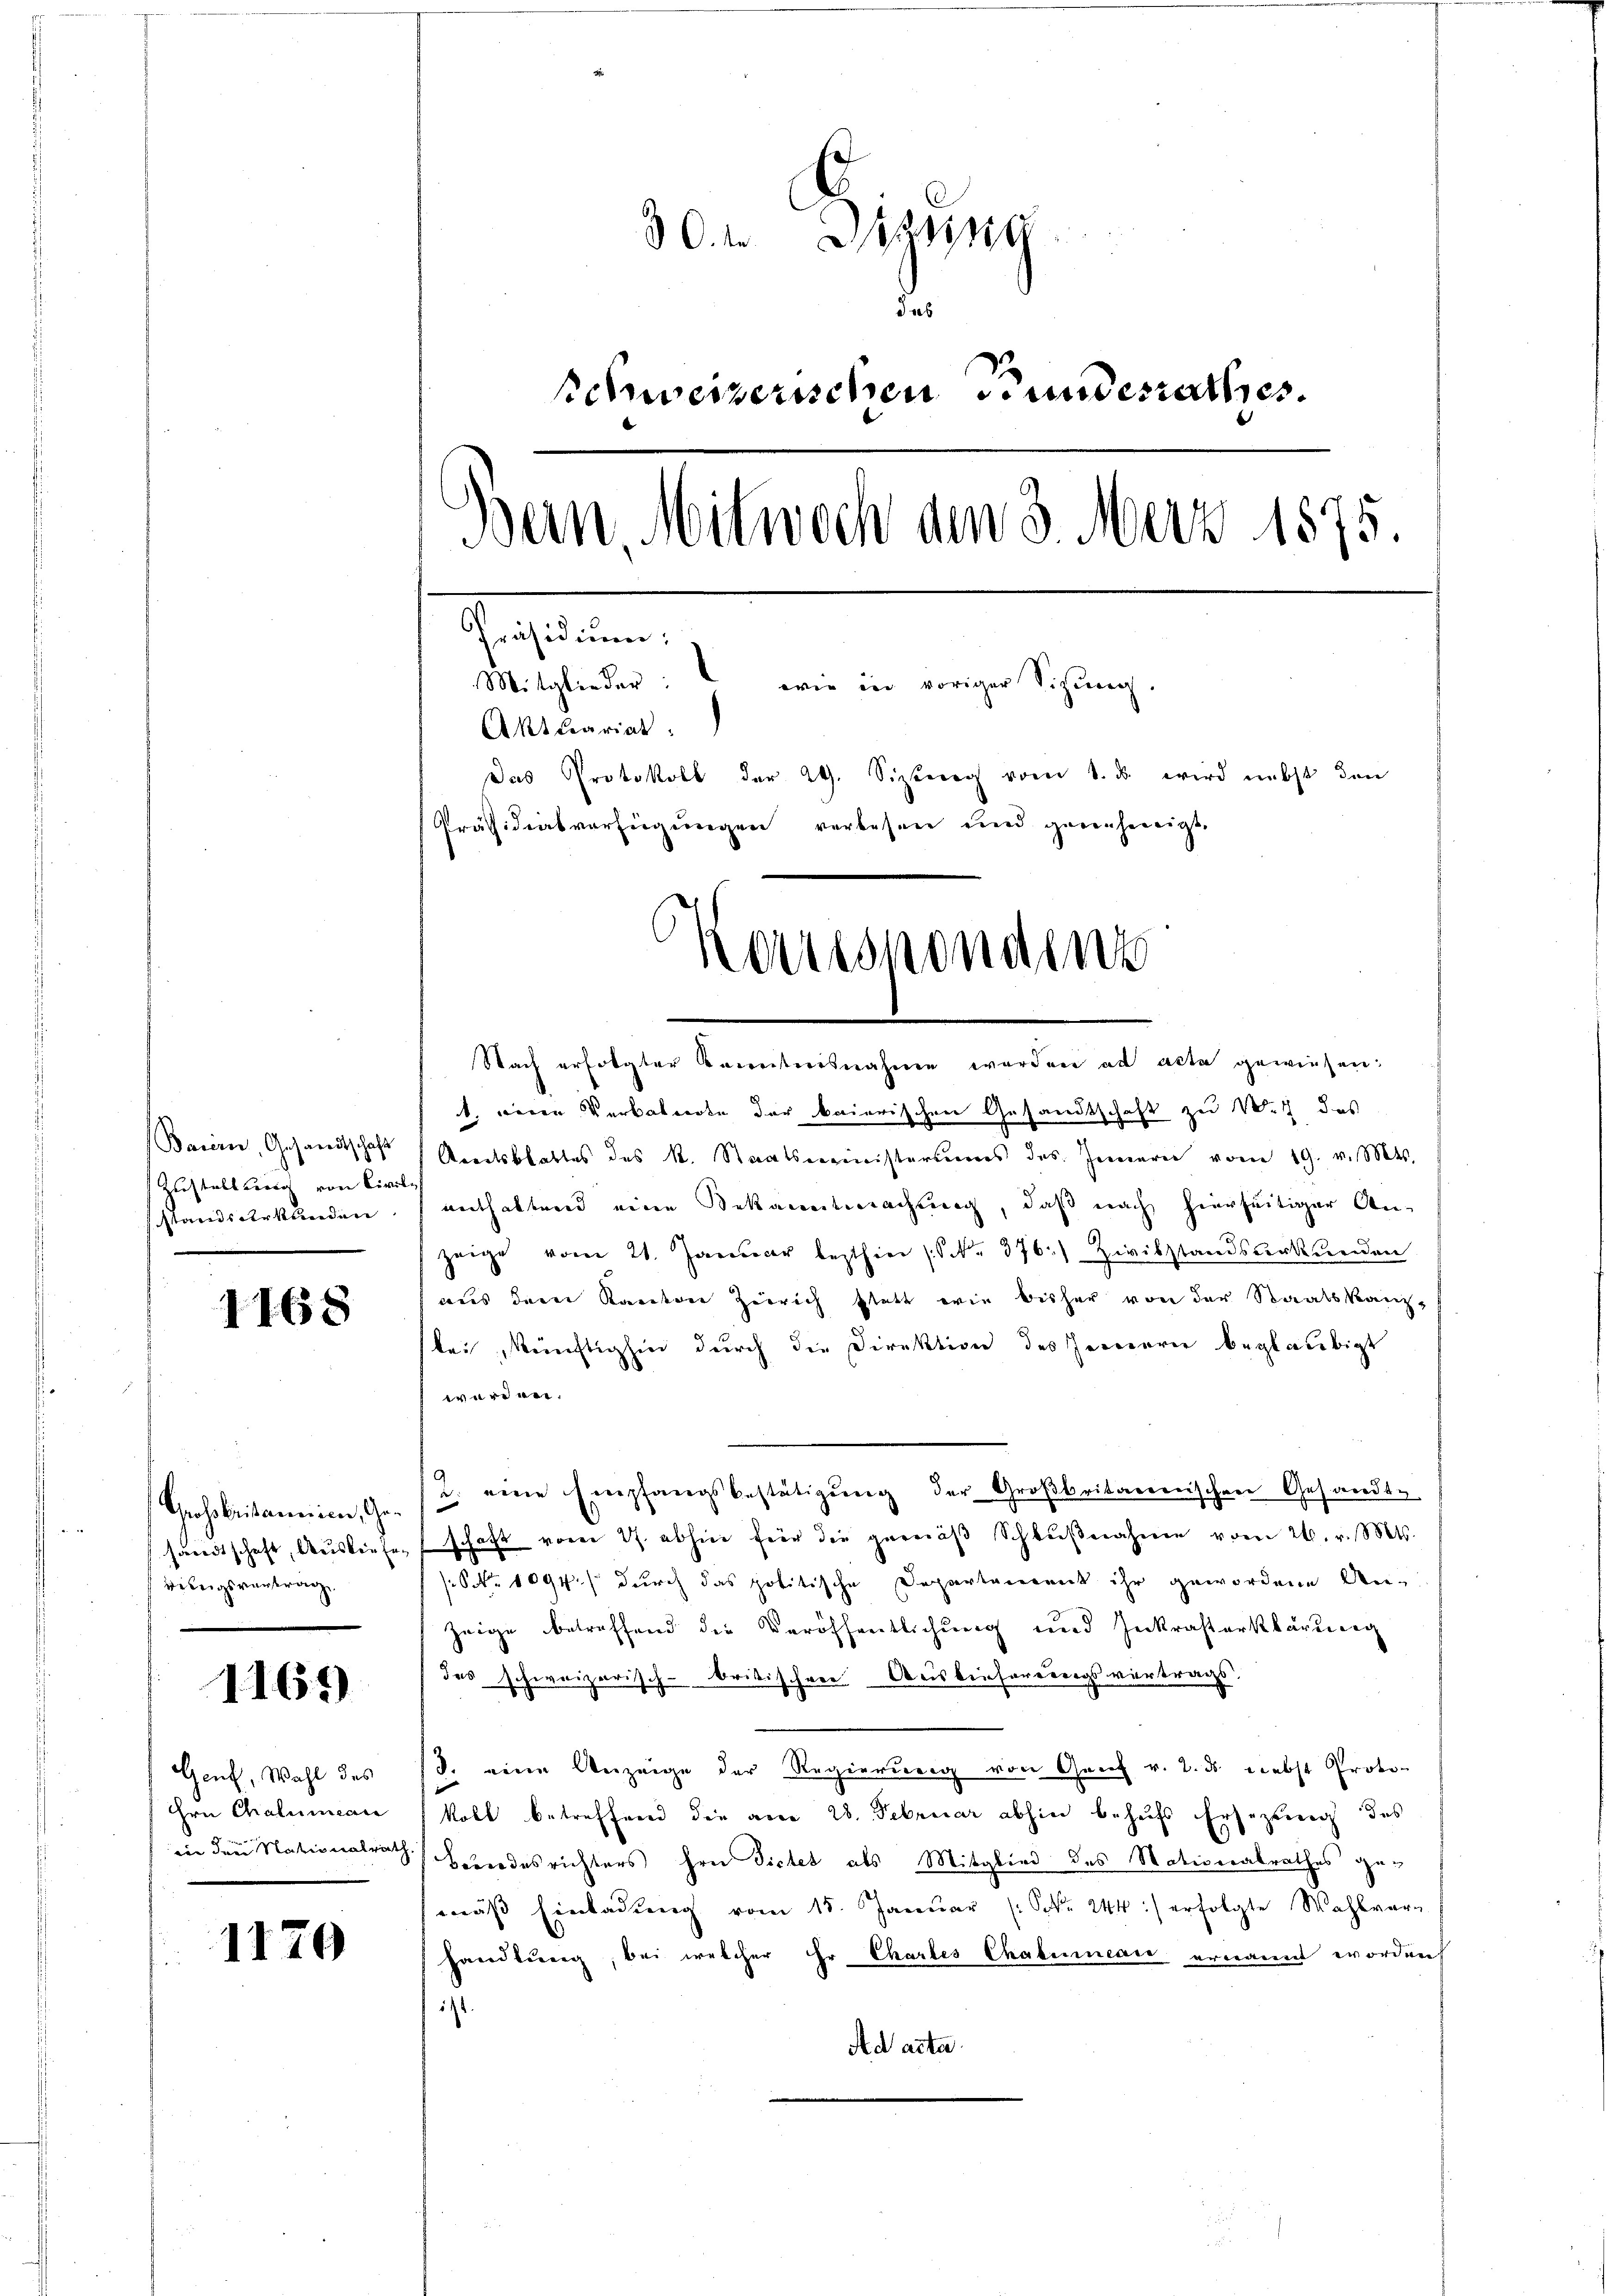
Baiern, Gesandtschaft
Zustallweg von Civil-
standsurkunden

1168

Grossbritannien, Gesandtschaft, Ausliefe
ibeigsvertrag

1165)

Genf, Wahl des
Hrn Chaluiean
in den Nationalrath

1170

30.1. Bzn
das
schweizerischen undesrathes
Bern, Mitwoch am 3. Merz 1875.
Präsidium;
Mitglieder: wie in voriger Sitzung.
Akttariat
Das Protokoll der 29. Sizieren vom 1. ds. wird nebst den
Präsidialverfügungen verlesen und genehmigt.
¬
Houssonden

Nach erfolgter Kenntnisnahme worden ad acta gewiesen:
1. weren Verbotente der baierischen Gesandtschaft zu W., das
Areitsblattes des k. Staatsministeriums des Innern vom 19. v. Mts.
enthaltend eine Bekanntmachung, daß nach hierseitiger Anzeige vom 21. Januar lezthin (Nr. 376. Zivilstandsŭrkŭnden
aus dem Kanton Zürich statt wie bisher von der Staatskanz-
bei künftighin durch die Direktion des Jennern beglaubigt
ward ver¬
2. eine Empfangsbestätigung der Großbritarennischen Gesandte
schaft vorer J. abhin für die gemäβ Schlŭβnahme vom 26. v. Mts.
SNr. 1094.) durch das politische Departament ihr gewordene An¬
Zeige betreffend die Veröffentlichung und Inkrafterklärung
das schweizerisch-kritischen Auslieferungsvertrags.
S. eine Anzeige der Regierung von Genf v. 2. ds Liebst Proto-
koll betreffend die am 28. Februar abhin behufs Ersezung des
Beundesrichters Hrn Dictes als Mitglied des Motiveralrathes gemäß Einladung vom 18. Januar (: NNo. 244) erfolgte Wahlverhandlung, bei welcher Ehr Chartes Chabureau ernannt worden
17.
Ad acte